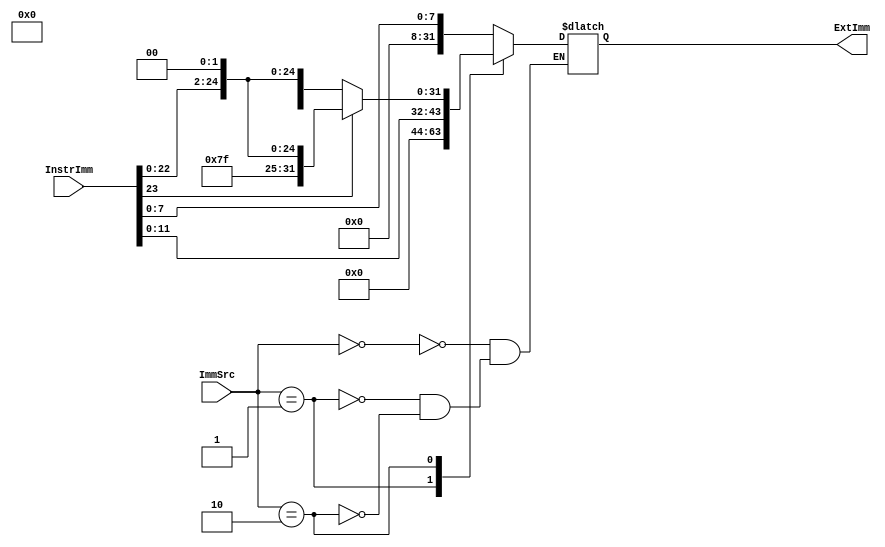
module Extend(
    input [1:0] ImmSrc,
    input [23:0] InstrImm,

    output reg [31:0] ExtImm
    );  
    
    always@(*) begin
        case(ImmSrc)
            2'b00:
                ExtImm = {24'b0,InstrImm[7:0]};
            2'b01:
                ExtImm = {20'b0,InstrImm[11:0]};
            2'b10:
                if(InstrImm[23] == 1) begin
                    ExtImm = {6'b111111,InstrImm[23:0],2'b00};
                end
                else if(InstrImm[23] == 0) begin
                    ExtImm = {6'b000000,InstrImm[23:0],2'b00};
                end
        endcase
    end
    
endmodule